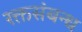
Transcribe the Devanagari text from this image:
रक्तसंबन्ध